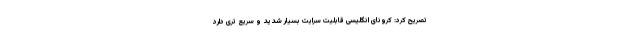
تصریح کرد: کرونای انگلیسی قابلیت سرایت بسیار شدید و سریع تری دارد